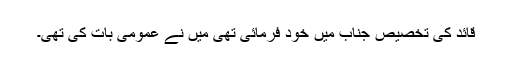
قائد کی تخصیص جناب میں خود فرمائی تھی میں نے عمومی بات کی تھی۔